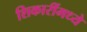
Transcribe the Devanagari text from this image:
शिकारींमध्ये